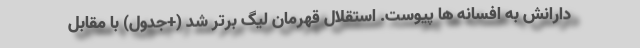
دارانش به افسانه ها پیوست. استقلال قهرمان لیگ برتر شد (+جدول) با مقابل